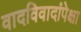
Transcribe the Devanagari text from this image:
वादविवादांपेक्षा